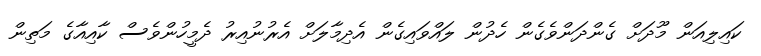
ކައިލިއަން މޫދަށް ގެންދަންވެގެން ހެދުން ލައްވައިގެން އެދިމާލަށް އެރުނުއިރު ދެމީހުންވެސް ކާއިއާގެ މަތިން